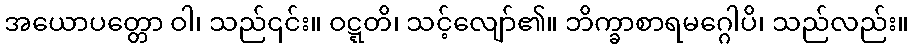
အယောပတ္တော ဝါ၊ သည်၎င်း။ ဝဋ္ဋတိ၊ သင့်လျော်၏။ ဘိက္ခာစာရမဂ္ဂေါပိ၊ သည်လည်း။